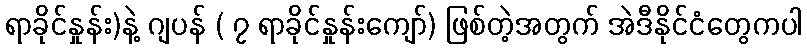
ရာခိုင်နှုန်း)နဲ့ ဂျပန် ( ၇ ရာခိုင်နှုန်းကျော်) ဖြစ်တဲ့အတွက် အဲဒီနိုင်ငံတွေကပါ